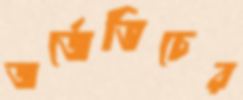
জর্জেভিচের